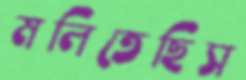
মলিতেছিস